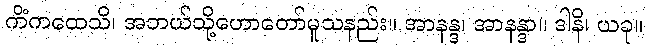
ကိံကထေသိ၊ အဘယ်သို့ဟောတော်မူသနည်း။ အာနန္ဒ၊ အာနန္ဒာ။ ဒါနိ၊ ယခု။